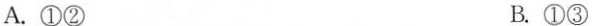
A.①② B.①③